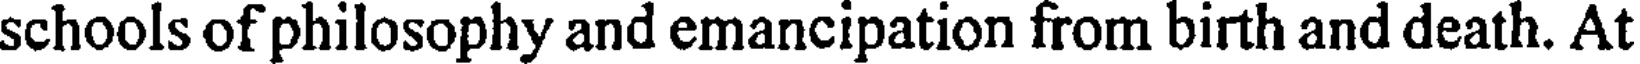
schools of philosophy and emancipation from birth and death. At